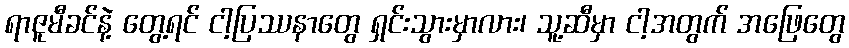
ရာဇူမီခင်နဲ့ တွေ့ရင် ငါ့ပြဿနာတွေ ရှင်းသွားမှာလား၊ သူ့ဆီမှာ ငါ့အတွက် အဖြေတွေ